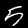
Digit: 5